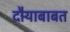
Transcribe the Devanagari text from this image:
दौर्‍याबाबत